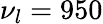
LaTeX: \nu_{l}=950